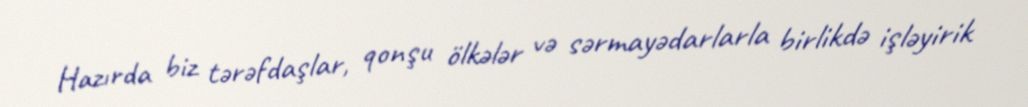
Hazırda biz tərəfdaşlar, qonşu ölkələr və sərmayədarlarla birlikdə işləyirik